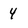
Character: 4